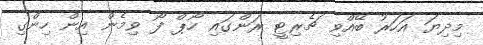
މިދިޔަ އަހަރު ބޭއްވި ޗެރިޓީ ރަންގައި ހޯޕް ފޯ ވިމެން އިން ހިންގި